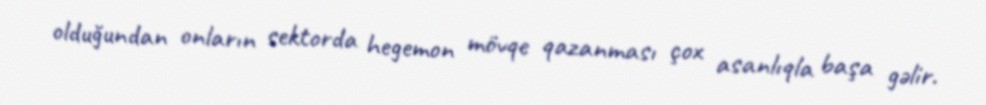
olduğundan onların sektorda hegemon mövqe qazanması çox asanlıqla başa gəlir.